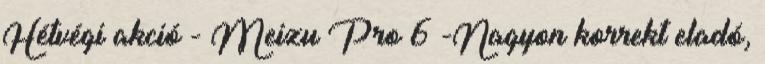
Hétvégi akció - Meizu Pro 6 -Nagyon korrekt eladó,